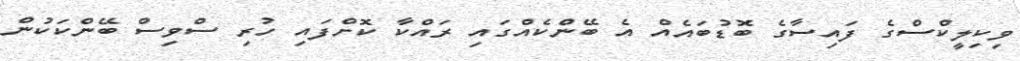
ވިކިލީކްސްގެ ފައިސާގެ ބޮޑުބައެއް އެ ބޭންކެއްގައި ރައްކާ ކޮށްފައި ހުރި ސްވިސް ބޭންކަކުން